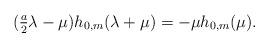
LaTeX: \begin{align*}\mbox{$(\frac{a}{2}\lambda-\mu)h_{0,m}(\lambda+\mu)=-\mu h_{0,m}(\mu).$}\end{align*}